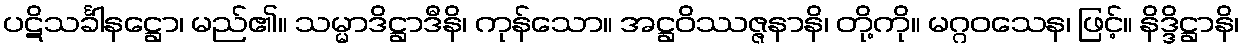
ပဋိသင်္ခါနဋ္ဌော၊ မည်၏။ သမ္မာဒိဋ္ဌာဒီနိ၊ ကုန်သော။ အဋ္ဌဝိဿဇ္ဇနာနိ၊ တို့ကို။ မဂ္ဂဝသေန၊ ဖြင့်။ နိဒ္ဒိဋ္ဌာနိ၊